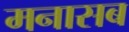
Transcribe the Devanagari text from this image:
मनासब